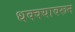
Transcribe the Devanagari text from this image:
धक्क्यावरून